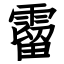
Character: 霤